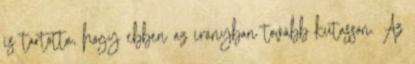
is tartotta, hogy ebben az irányban tovább kutasson. Az